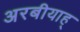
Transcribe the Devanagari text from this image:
अरबीयाह्